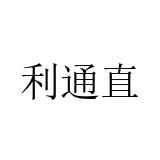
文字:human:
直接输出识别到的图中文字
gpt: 利通直